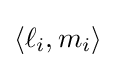
\langle \ell _{i},m_{i}\rangle